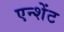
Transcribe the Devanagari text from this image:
एन्शेंट